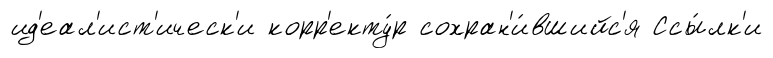
ид'еал'ист'ическ'и корр'екту́р сохран'и́вшийс'я Ссы́лк'и